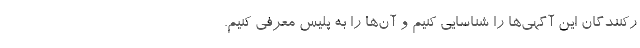
ر‌کنندگان این آگهی‌ها را شناسایی کنیم و آن‌ها را به پلیس معرفی کنیم.